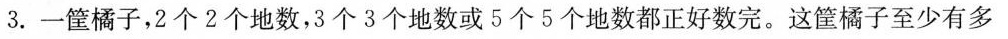
3.一筐橘子，2个2个地数，3个3个地数或5个5个地数都正好数完。这筐橘子至少有多